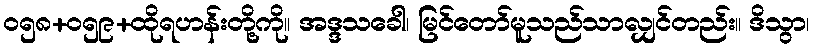
ဝ၅၈+၀၅၉+ထိုရဟန်းတို့ကို။ အဒ္ဒသခေါ၊ မြင်တော်မူသည်သာလျှင်တည်း။ ဒိသွာ၊